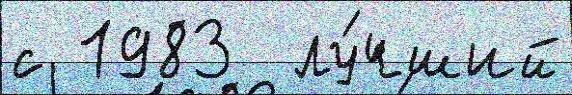
с 1983  лу́чший